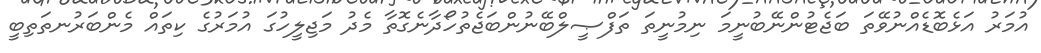
އުމަރު އަޅެބޮޑެއްނުވޭތަ ބަޖެޓުންނޭބުނީމަ ނިމުނީތަ ތަފްޞީލްބޭނުންބަޖެތުހޯދާނެގޮތާ މެދު މަޖިލީހުގަ އުމަރުގެ ކިތައް މެންބަރުނތަތިބީ